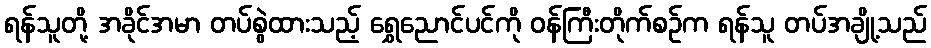
ရန်သူတို့ အခိုင်အမာ တပ်စွဲထားသည့် ရွှေညောင်ပင်ကို ဝန်ကြီးတိုက်စဉ်က ရန်သူ တပ်အချို့သည်